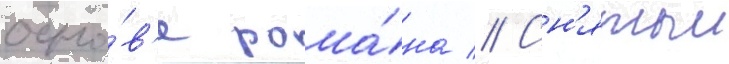
осно́в'е рома́на // Сн'ятыи